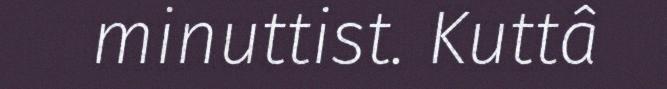
minuttist. Kuttâ